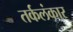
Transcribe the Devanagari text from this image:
तर्कलंकार